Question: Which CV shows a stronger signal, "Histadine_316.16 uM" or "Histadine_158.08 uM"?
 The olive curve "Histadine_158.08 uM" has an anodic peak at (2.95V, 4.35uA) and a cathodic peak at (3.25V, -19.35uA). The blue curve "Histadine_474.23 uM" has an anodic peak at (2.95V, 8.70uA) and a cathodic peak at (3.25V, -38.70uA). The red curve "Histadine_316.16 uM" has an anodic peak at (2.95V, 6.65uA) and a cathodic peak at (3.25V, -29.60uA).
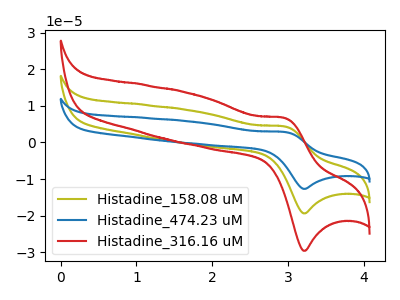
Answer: <think>All the peaks in "Histadine_316.16 uM" have a peak in "Histadine_158.08 uM" at the same potential. Every peak in "Histadine_316.16 uM" is higher than every peak in "Histadine_158.08 uM".
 </think>
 <answer>"Histadine_316.16 uM" has more signal than "Histadine_158.08 uM".</answer>
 <eval>more_signal</eval>